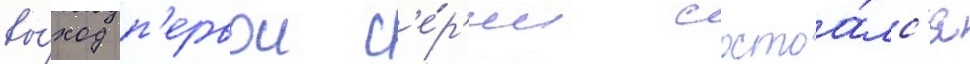
вы́ход п'ервои с'е́р'ии состоа́лс'я